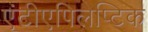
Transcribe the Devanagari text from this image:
एंटीएपिलेप्टिक